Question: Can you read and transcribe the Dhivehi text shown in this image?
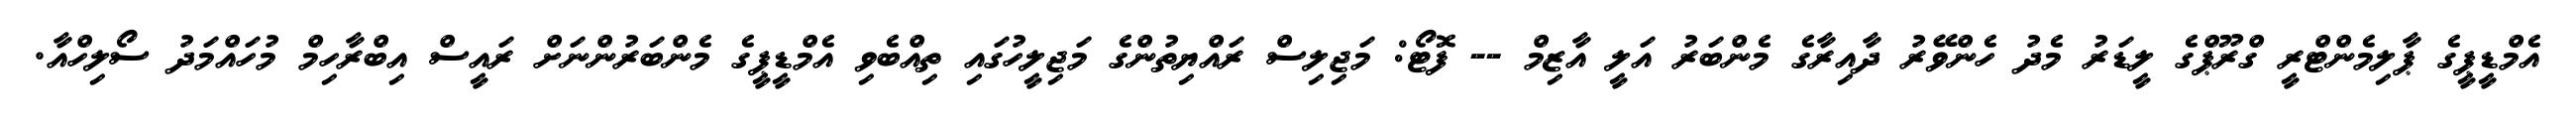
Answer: އެމްޑީޕީގެ ޕާލިމެންޓްރީ ގްރޫޕްގެ ލީޑަރު މެދު ހެންވޭރު ދާއިރާގެ މެންބަރު އަލީ އާޒިމް -- ފޮޓޯ: މަޖިލިސް ރައްޔިތުންގެ މަޖިލީހުގައި ތިއްބެވި އެމްޑީޕީގެ މެންބަރުންނަށް ރައީސް އިބްރާހިމް މުހައްމަދު ސޯލިހްއާ.